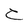
Character: C